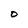
Character: O